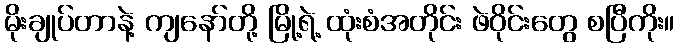
မိုးချုပ်တာနဲ့ ကျနော်တို့ မြို့ရဲ့ ထုံးစံအတိုင်း ဖဲဝိုင်းတွေ စပြီကိုး။